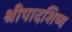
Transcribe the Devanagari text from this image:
श्रीपादशिष्य